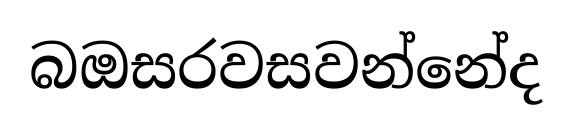
බඔසරවසවන්නේද